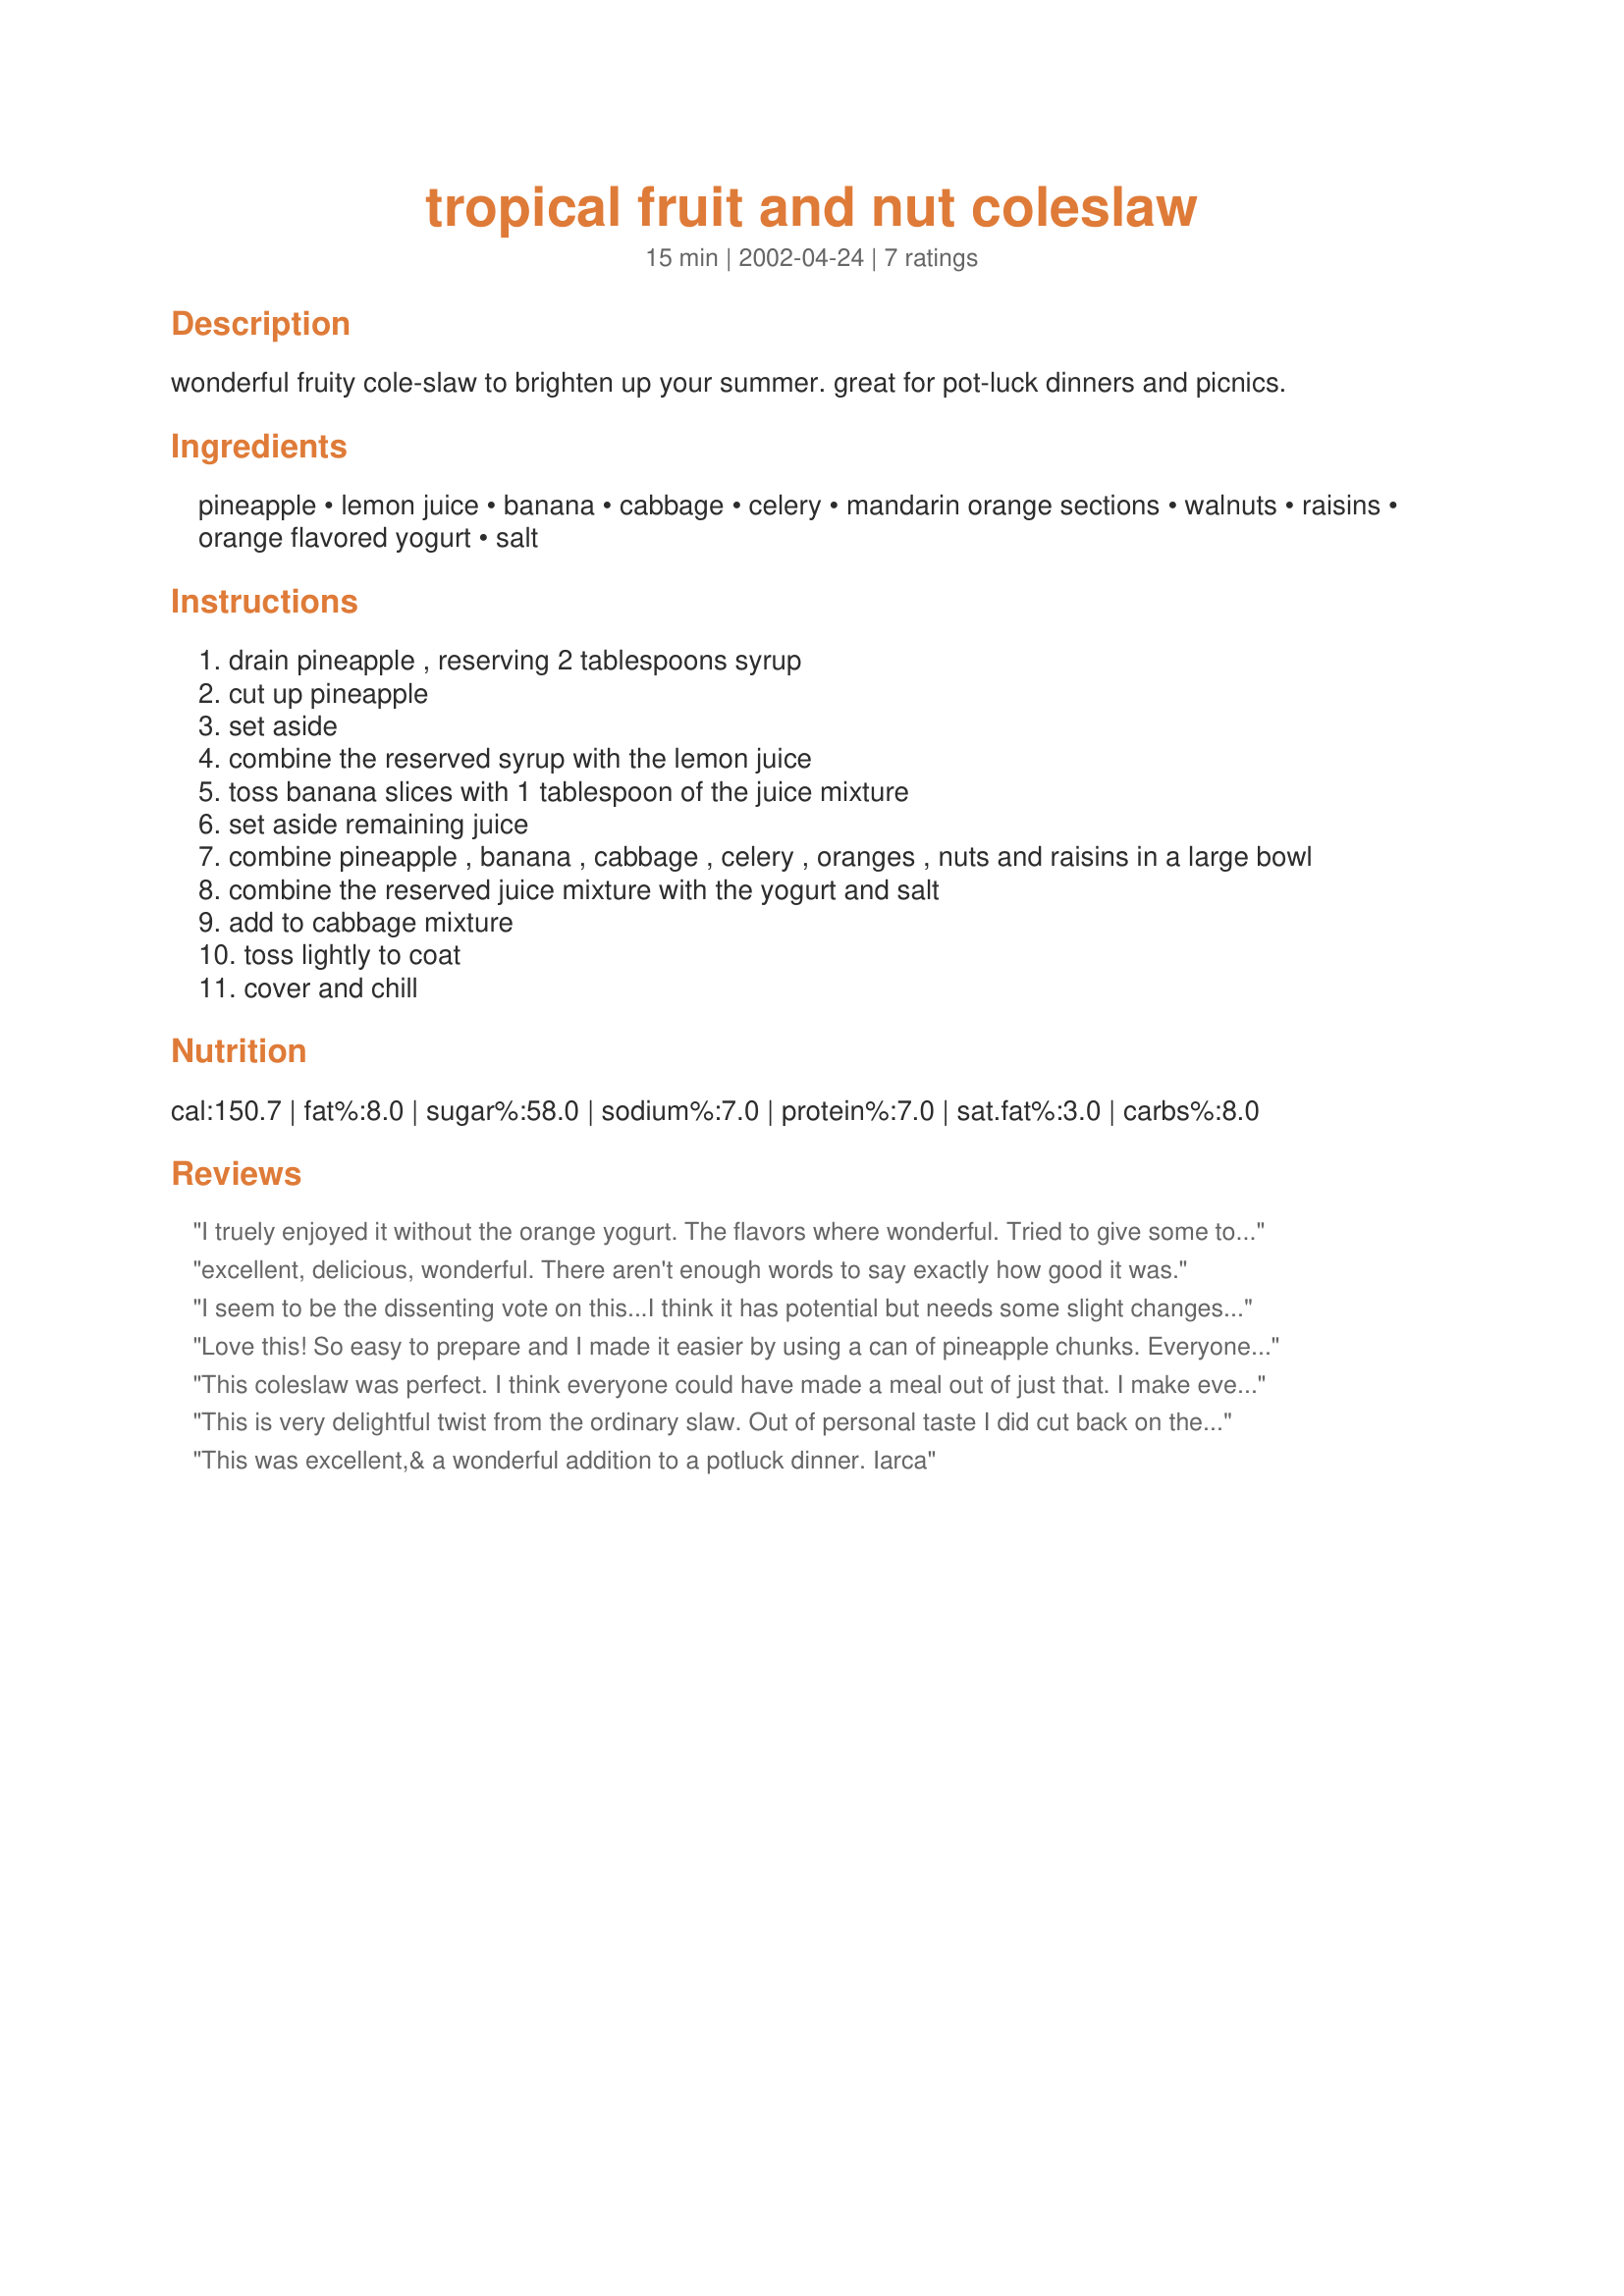
tropical fruit and nut coleslaw
Preparation time: 15 minutes

wonderful fruity cole-slaw to brighten up your summer. great for pot-luck dinners and picnics.

Ingredients:
pineapple, lemon juice, banana, cabbage, celery, mandarin orange sections, walnuts, raisins, orange flavored yogurt, salt

Steps:
drain pineapple , reserving 2 tablespoons syrup
cut up pineapple
set aside
combine the reserved syrup with the lemon juice
toss banana slices with 1 tablespoon of the juice mixture
set aside remaining juice
combine pineapple , banana , cabbage , celery , oranges , nuts and raisins in a large bowl
combine the reserved juice mixture with the yogurt and salt
add to cabbage mixture
toss lightly to coat
cover and chill

Reviews:
I truely enjoyed it without the orange yogurt. The flavors where wonderful. Tried to give some to my 5 year old and was too many flavors and textures for her! Will try again with a different yogurt. Thanks!
excellent, delicious, wonderful. There aren't enough words to say exactly how good it was.
I seem to be the dissenting vote on this...I think it has potential but needs some slight changes..I will make it again but will omit the mandarin oranges and add more pineapple and more banana..will change the orange yogurt to either banana or pineapple
Love this! So easy to prepare and I made it easier by using a can of pineapple chunks. Everyone loved the light, refreshing taste of this! Summer's coming and I know we will see this again! Thanks.
This coleslaw was perfect. I think everyone could have made a meal out of just that. I make everyone rate the recipes I use and they said 5 starts wasn't enough. Then I had to print out the recipe for everyone. It was a perfect side dish to go with the chicken I made. Thanks for posting this recipe.
This is very delightful twist from the ordinary slaw. Out of personal taste I did cut back on the celery to 1/4 cup and left off the salt and pepper. We did have a bit leftover, but thats ok we'll eat it for lunch tomorrow. I served this with the Crispy Coconut Chicken Fingers by marie. WOW what a meal! I can't wait to see the rest of my family thinks! Another keeper and pass it on recipe! Thanks for sharing!
This was excellent,& a wonderful addition to a potluck dinner.
Iarca
